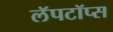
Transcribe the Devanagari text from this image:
लॅपटॉप्स